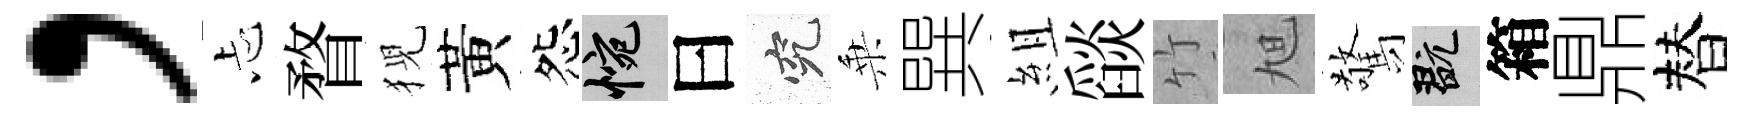
，忐瞀猊黃怨惋曰究乗巽組𦦨竹旭驚玩箱鼎替